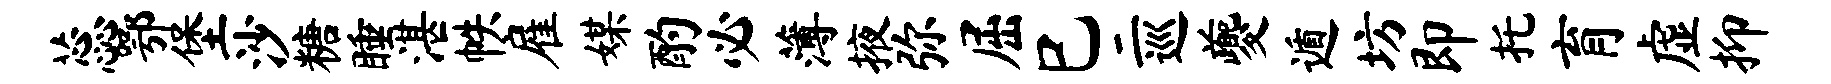
蕊鄂堡沙糖睡湛帙雇媒酌必薄掖弥屈巳二巡夔遁坊即托育虚抑